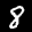
Label: 8